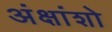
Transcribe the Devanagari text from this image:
अंक्षांशो